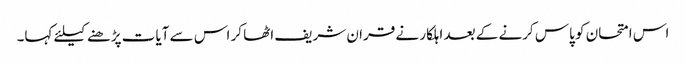
اس امتحان کو پاس کرنے کے بعد اہلکار نے قران شریف اٹھا کر اس سے آیات پڑھنے کیلئے کہا۔